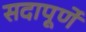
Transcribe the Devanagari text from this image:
सदापूर्णे